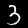
Digit: 3